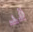
قد